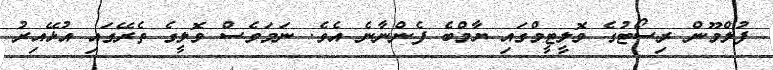
ފުލްމޫން ރިސޯޓުގެ ވޮލީޓީމްގައި ޔާމްބެ ފެންނާނެ އެވެ. ނަމަވެސް ވޮލީގެ ތެރޭގައި އުޅޭއިރު